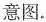
意图.